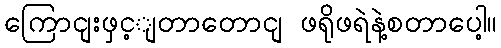
ကြောငျးဖှင့ျတာတောငျ ဖရိုဖရဲနဲ့စတာပေါ့။